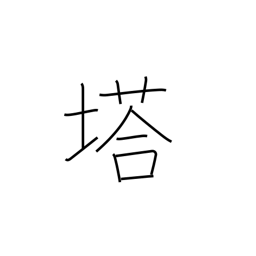
Meaning: pagoda